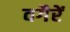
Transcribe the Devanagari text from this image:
वगैरें